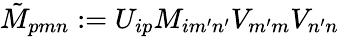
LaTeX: \tilde{M}_{pmn}:=U_{ip}M_{im^{\prime}n^{\prime}}V_{m^{\prime}m}V_{n^{\prime}n}